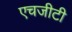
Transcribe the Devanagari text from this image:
एचजीटी